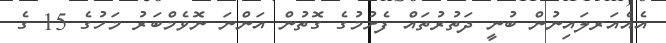
އެއެއަރލައިނުން ބުނީ ދަތުރުތައް ފެށުމުގެ ގޮތުން އަންނަ ނޮވެމްބަރު މަހުގެ 15 ގެ